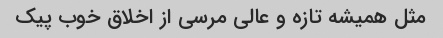
مثل همیشه تازه و عالی مرسی از اخلاق خوب پیک